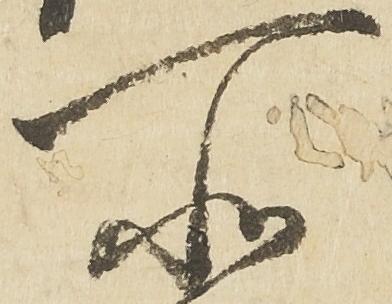
所